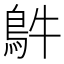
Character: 𩿓